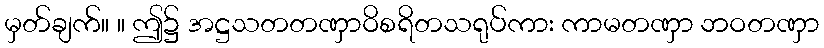
မှတ်ချက်။ ။ ဤ၌ အဋ္ဌသတတဏှာဝိစရိတသရုပ်ကား ကာမတဏှာ ဘဝတဏှာ